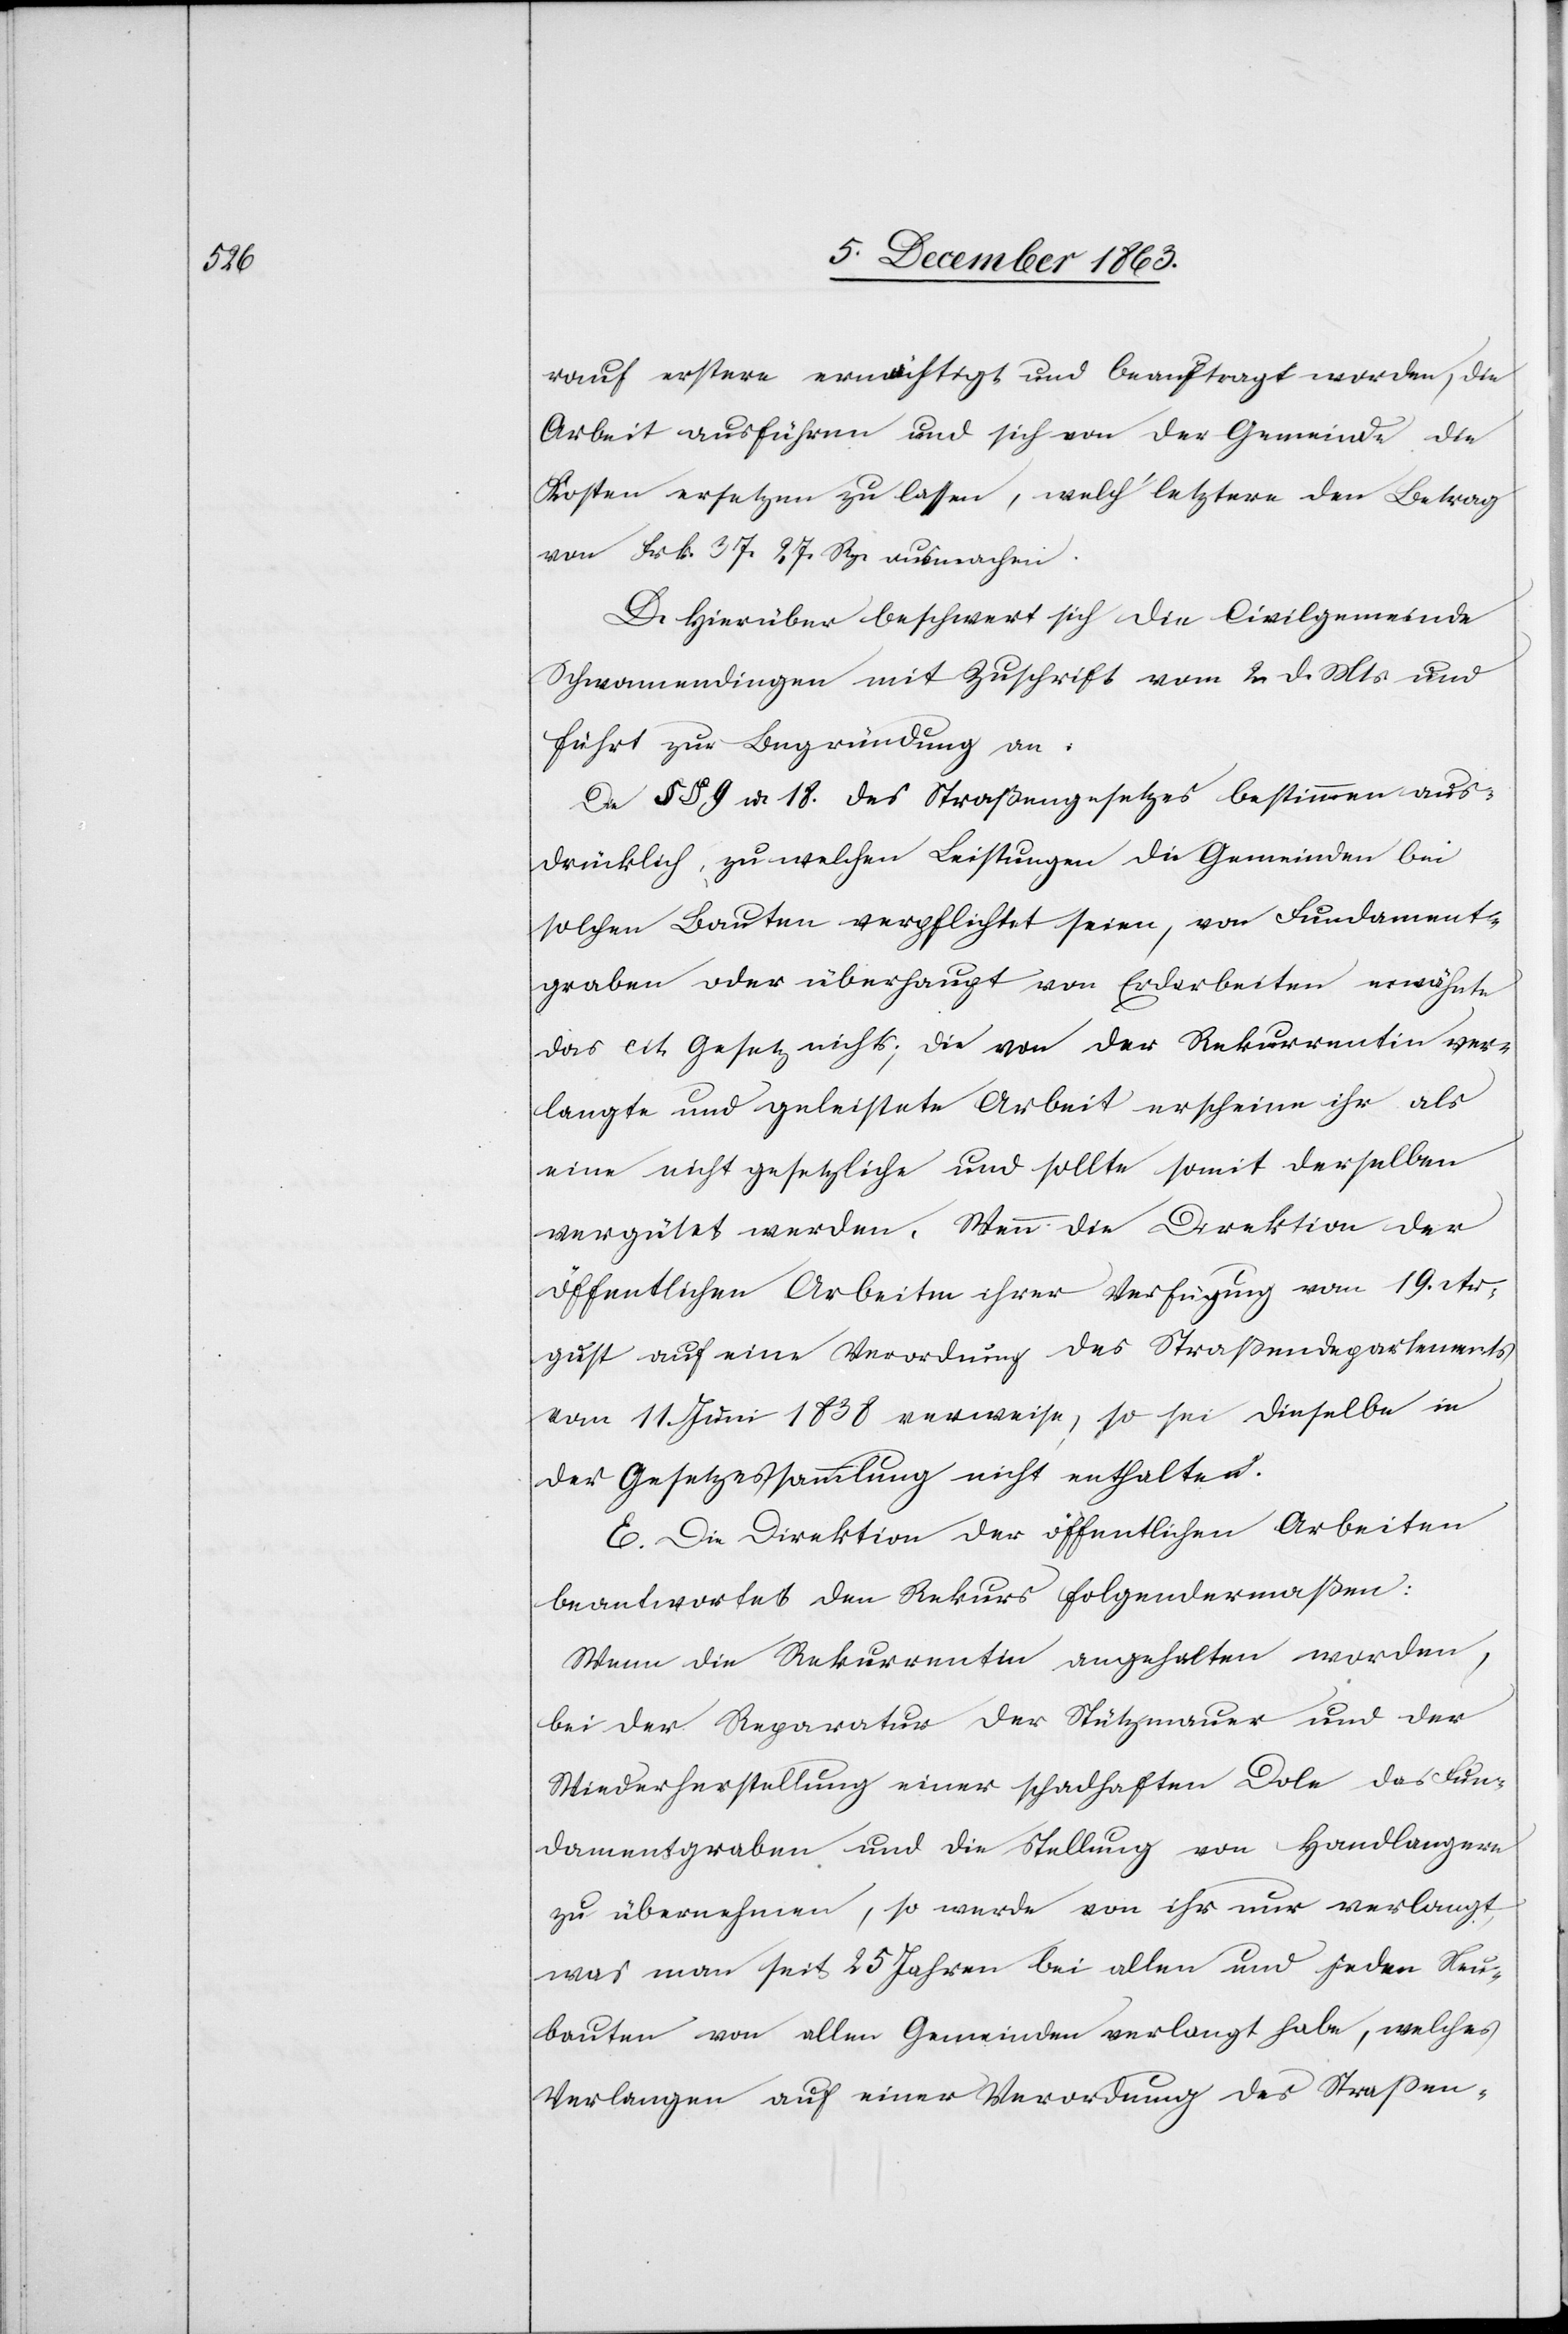
rauf erstere ermächtigt und beauftragt worden, die
Arbeit ausführen und sich von der Gemeinde die
Kosten ersetzen zu lassen, welch' letztere den Betrag
von Frk. 37. 27. Rp. ausmachen.
D. Hierüber beschwert sich die Civilgemeinde
Schwamendingen mit Zuschrift vom 2. d. Mts. und
führt zur Begründung an.
Die §§ 9 u. 18. des Straßengesetzes bestimmen aus¬
drücklich zu welchen Leistungen die Gemeinden bei
solchen Bauten verpflichtet seien, von Fundament¬
graben oder überhaupt von Erdarbeiten erwähnte
das cit. Gesetz nichts; die von der Rekurrentin ver¬
langte und geleistete Arbeit erscheine ihr als
eine nicht gesetzliche und sollte somit derselben
vergütet werden. Wenn die Direktion der
öffentlichen Arbeiten ihrer Verfügung von 19. Au¬
gust auf eine Verordnung des Straßendepartements
vom 11. Juni 1838 verweise, so sei dieselbe in
der Gesetzessammlung nicht enthalten.
E. Die Direktion der öffentlichen Arbeiten
beantwortet den Rekurs folgendermaßen:
Wenn die Rekurrentin angehalten worden,
bei der Reparatur der Stützmauer und der
Wiederherstellung einer schadhaften Dole das Fun¬
damentgraben und die Stellung von Handlangern
zu übernehmen, so werde von ihr nur verlangt,
was man seit 25 Jahren bei allen und jeden Neu¬
bauten von allen Gemeinden verlangt habe, welches
Verlangen auf einer Verordnung des Strassen-